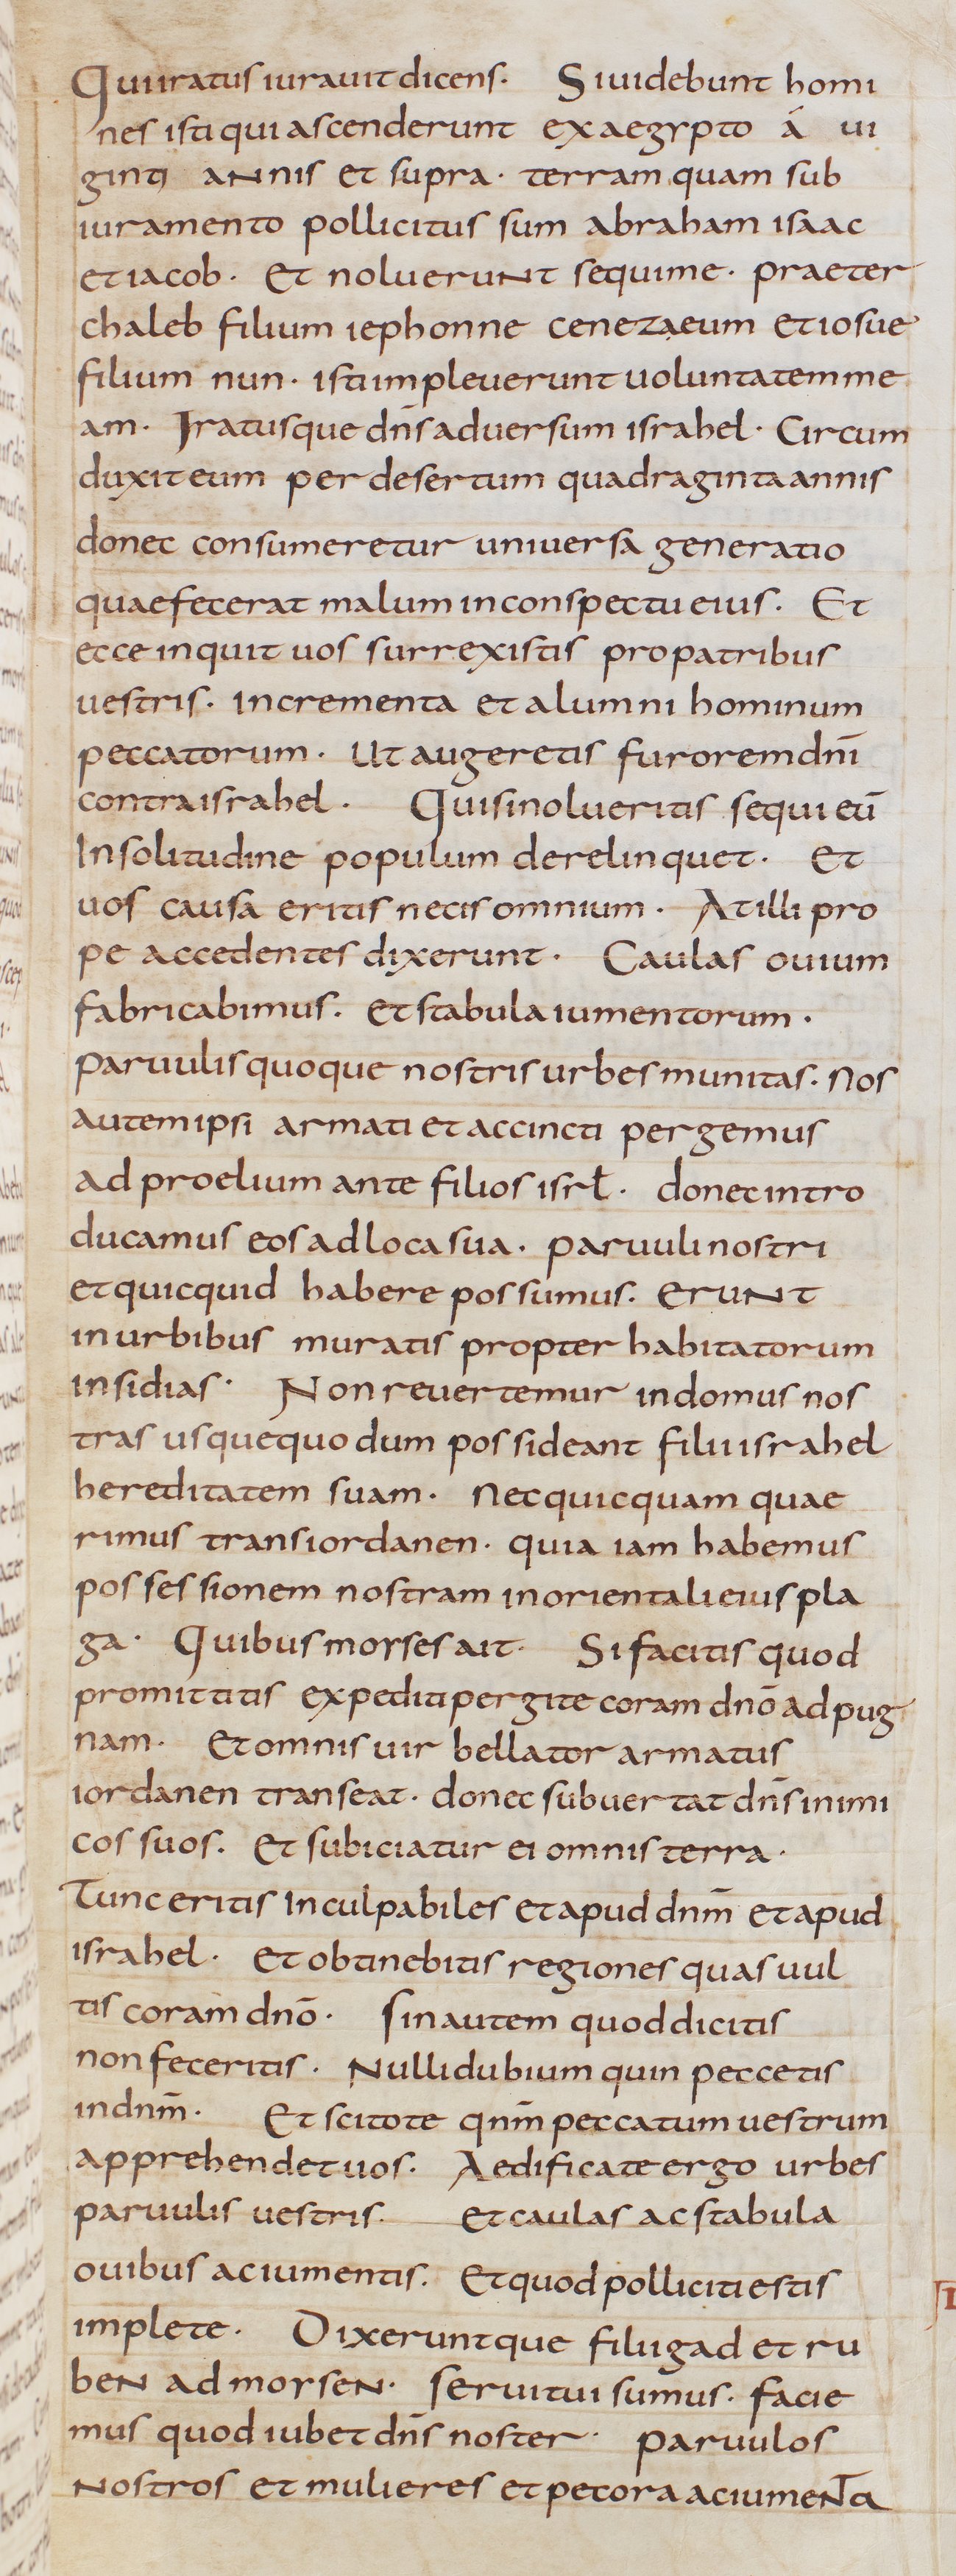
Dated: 805–845